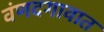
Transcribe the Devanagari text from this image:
वंणदगावात